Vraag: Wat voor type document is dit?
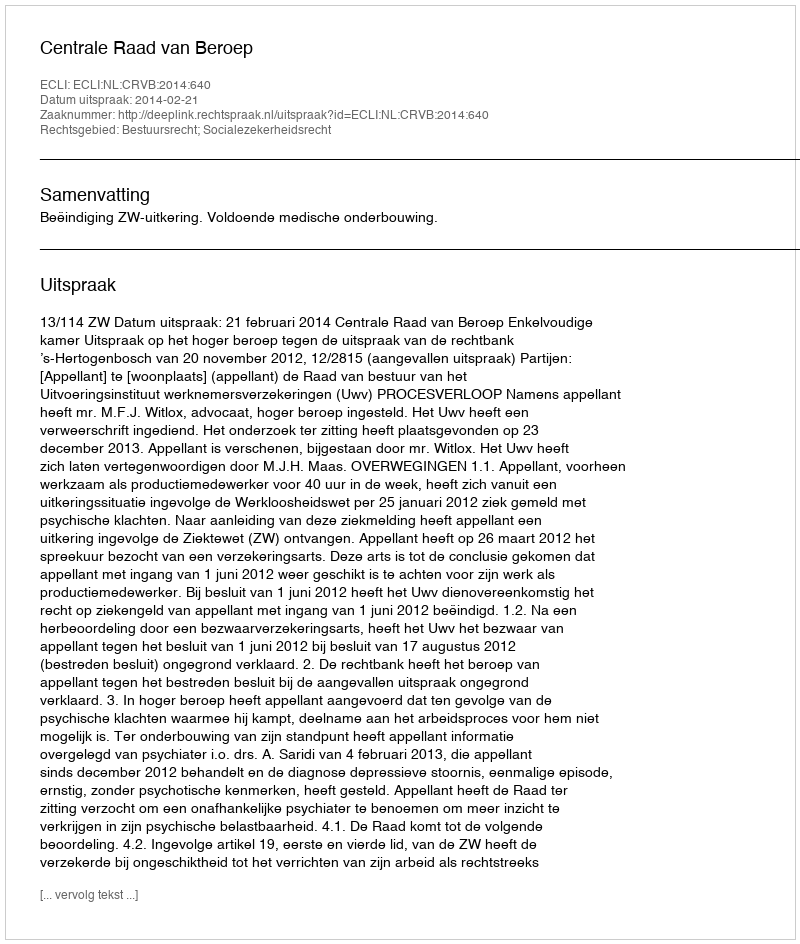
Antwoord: Uitspraak